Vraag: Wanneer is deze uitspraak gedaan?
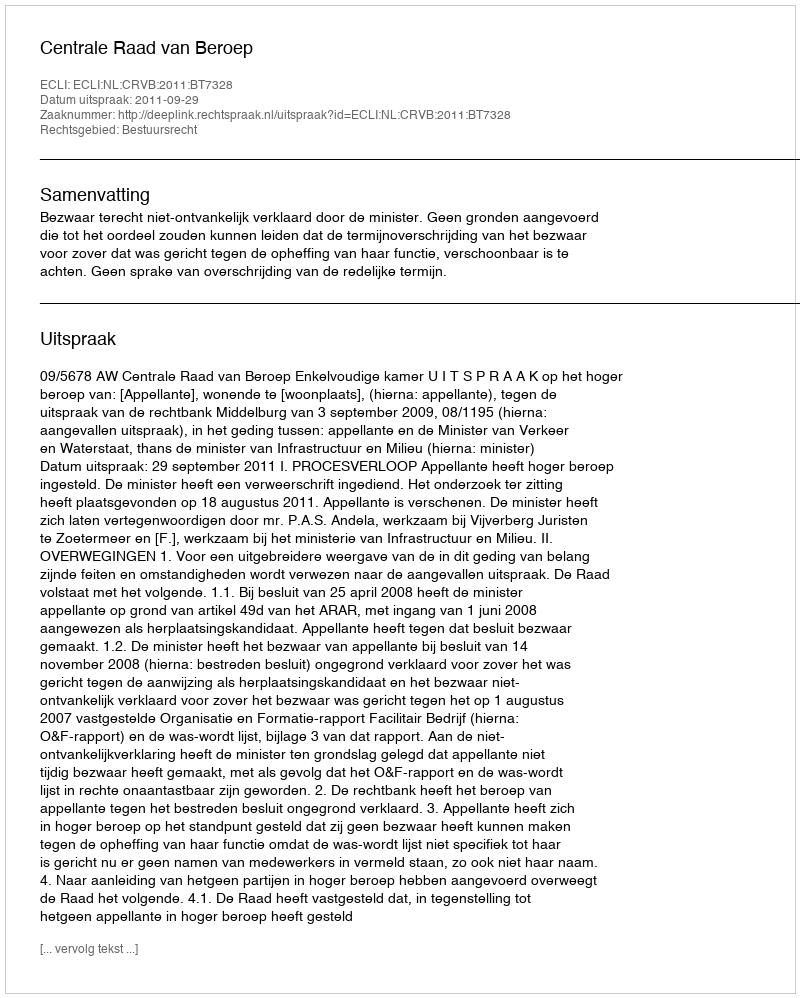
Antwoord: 2011-09-29